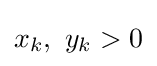
x_{k},\ y_{k}>0